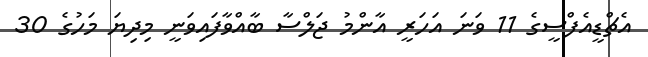
އެޗްޑީއެފްސީގެ 11 ވަނަ އަހަރީ އާންމު ޖަލްސާ ބާއްވާފައިވަނީ މިދިޔަ މަހުގެ 30